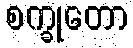
စက္ခုတော